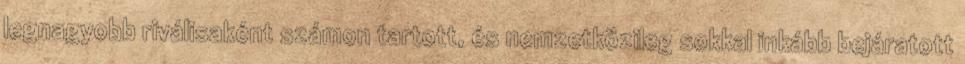
legnagyobb riválisaként számon tartott, és nemzetközileg sokkal inkább bejáratott